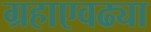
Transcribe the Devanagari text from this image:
ग्रहाएवढ्या